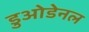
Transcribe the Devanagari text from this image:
डुओडेनल